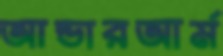
আন্ডারআর্ম